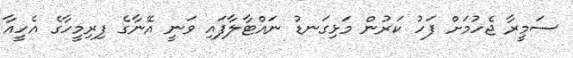
ސަމީރާ ޖެހުމަށް ފަހު ކަރުން މަޅިގަނޑު ނައްޓާލާފައި ވަނީ އޭނާގެ ފިރިމީހާގެ އެހީއާ